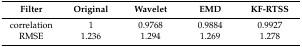
| Filter | Original | Wavelet | EMD | KF-RTSS |
 | --- | --- | --- | --- | --- |
 | correlation | 1 | 0.9768 | 0.9884 | 0.9927 |
 | RMSE | 1.236 | 1.294 | 1.269 | 1.278 |